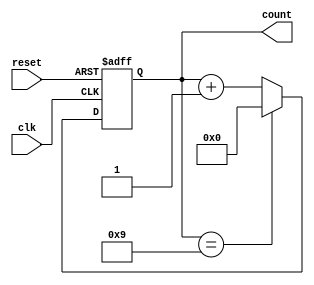
module DecadeRingCounter (
    input wire clk,        // Clock input
    input wire reset,      // Asynchronous reset
    output reg [3:0] count // 4-bit output to represent the count (0-9)
);

// Initial state
initial begin
    count = 4'b0000;       // Start from state 0
end

// Sequential logic for the counter
always @(posedge clk or posedge reset) begin
    if (reset) begin
        count <= 4'b0000;  // Reset the counter to 0000
    end else begin
        // Count logic to cycle through 0 to 9
        if (count == 4'b1001) begin
            count <= 4'b0000; // Reset to 0 after 9
        end else begin
            count <= count + 1; // Increment the count
        end
    end
end

endmodule